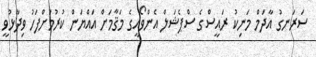
ސަރަނގު އާދަމް މަނިކު ރައީސްގެ ސްޕެޝަލް އެންވޯއީގެ މަޤާމަށް އައްޔަން ކުރުމަށްފަހު ވިދާޅުވީ